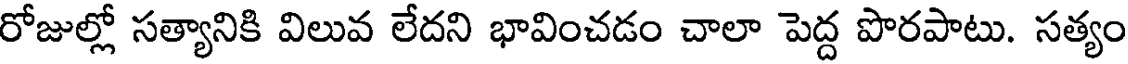
రోజుల్లో సత్యానికి విలువ లేదని భావించడం చాలా పెద్ద పొరపాటు. సత్యం